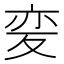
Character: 𭐦